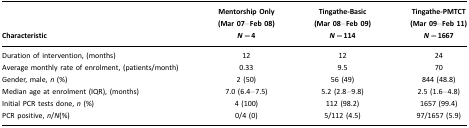
<table><thead><tr><td><b>Characteristic</b></td><td><b>Mentorship Only (Mar 07–Feb 08)<i>N</i>=4</b></td><td><b>Tingathe-Basic (Mar 08–Feb 09)<i>N</i>=114</b></td><td><b>Tingathe-PMTCT (Mar 09–Feb 11)<i>N</i>=1667</b></td></tr></thead><tbody><tr><td>Duration of intervention, (months)</td><td>12</td><td>12</td><td>24</td></tr><tr><td>Average monthly rate of enrolment, (patients/month)</td><td>0.33</td><td>9.5</td><td>70</td></tr><tr><td>Gender, male, <i>n</i> (%)</td><td>2 (50)</td><td>56 (49)</td><td>844 (48.8)</td></tr><tr><td>Median age at enrolment (IQR), (months)</td><td>7.0 (6.4–7.5)</td><td>5.2 (2.8–9.8)</td><td>2.5 (1.6–4.8)</td></tr><tr><td>Initial PCR tests done, <i>n</i> (%)</td><td>4 (100)</td><td>112 (98.2)</td><td>1657 (99.4)</td></tr><tr><td>PCR positive, <i>n</i>/<i>N</i>(%)</td><td>0/4 (0)</td><td>5/112 (4.5)</td><td>97/1657 (5.9)</td></tr></tbody></table>